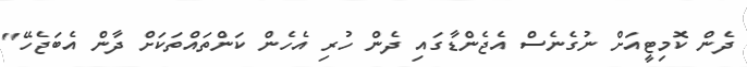
ދެން ކޮމިޓީއަށް ނުގެނެސް އެޖެންޑާގައި ދެން ހުރި އެހެން ކަންތައްތަކަށް ދާން އެބަޖެހޭ"